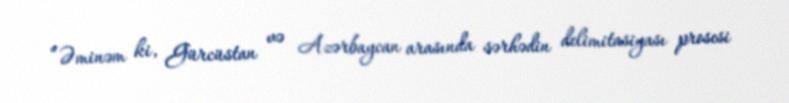
“Əminəm ki, Gürcüstan və Azərbaycan arasında sərhədin delimitasiyası prosesi